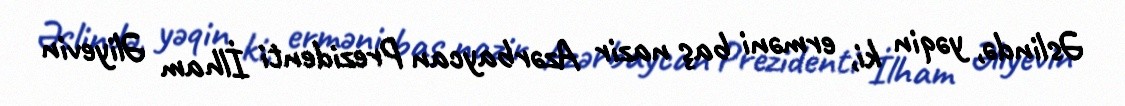
Əslində, yəqin ki, erməni baş nazir Azərbaycan Prezidenti İlham Əliyevin